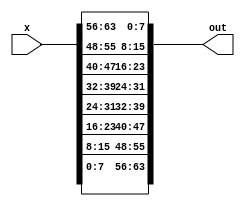
//`timescale 1ns / 1ps
//////////////////////////////////////////////////////////////////////////////////
// Company: 
// Engineer: 
// 
// Design Name: 
// Module Name: Pull64
// Project Name: 
// Target Devices: 
// Tool Versions: 
// Description: 
// 
// Dependencies: 
// 
// Revision:
// Revision 0.01 - File Created
// Additional Comments:
// 
//////////////////////////////////////////////////////////////////////////////////


module Pull64(
    input [63:0] x,
    output wire [63:0] out);
     
      assign out = {x[7:0], x[15:8], x[23:16], x[31:24], x[39:32], x[47:40], x[55:48], x[63:56]};
  
endmodule